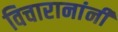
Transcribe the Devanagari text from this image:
विचारानांनी